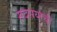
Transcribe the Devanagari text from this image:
सदसयाची